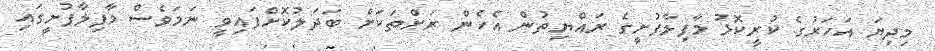
މިދިޔަ އަހަރުގެ ކުރީކޮޅު މާފިލާފުށީގެ ރައްޔިތުން އެހެން ރަށްތަކަށް ބަދަލުކޮށްފައިވީ ނަމަވެސް މާފިލާފުށީގައި